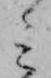
ミ